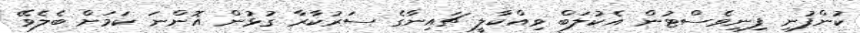
ކުންފުނި ފިނިވެސްޓުން އެކުލަބް ވިއްކާލީ ޗައިނާގެ ސަރުކާރާ ގުޅުން އޮންނަ ކަމަށް ބެލެވޭ